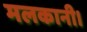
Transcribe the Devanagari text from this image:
मलकानी।